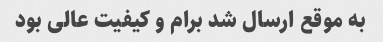
به موقع ارسال شد برام و کیفیت عالی بود